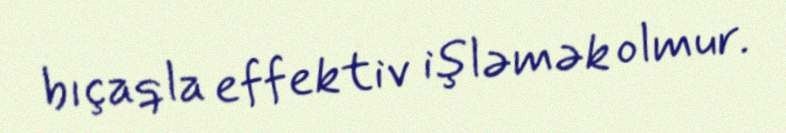
bıçaqla effektiv işləmək olmur.